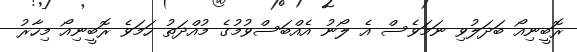
ރޮބީނިއޯ ބަދަލުވި ނަމަވެސް އެ ލޯނު އެއްބަސްވުމުގެ މުއްދަތު ހަމަވެ ރޮބީނިއޯ މިހާރު